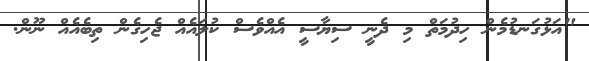
"އަޅުގަނޑުމެން ހިދުމަތް މި ދެނީ ސިޔާސީ އެއްވެސް ކުލައެއް ޖެހިގެން ތިބެއެއް ނޫން.